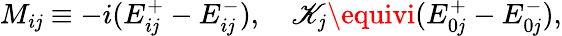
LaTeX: M_{i\mathit{j}}\equiv-i(E_{i\mathit{j}}^{+}-E_{i\mathit{j}}^{-}),\quad\mathscr{K}_{\mathit{j}}\equivi(E_{0\mathit{j}}^{+}-E_{0\mathit{j}}^{-}),